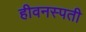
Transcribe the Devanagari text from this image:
हीवनस्पती